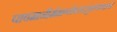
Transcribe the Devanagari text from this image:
पावमानीर्ममाग्नेचरुद्रसूक्तंयथाक्रमं